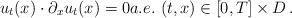
LaTeX: \begin{align*}u_t(x)\cdot \partial_x u_t(x)=0a.e.\,\, (t,x)\in[0,T]\times D\, .\end{align*}